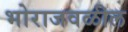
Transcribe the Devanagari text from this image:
भोराजवळील